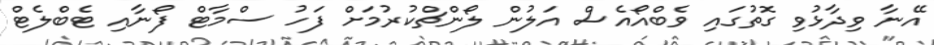
އޭނާ ވިދާޅުވި ގޮތުގައި ވެބްއޯއެސް އަލުން ލޯންޗްކުރުމަށް ފަހު ސްމާޓް ފޯނާއި ޓެބްލެޓް